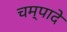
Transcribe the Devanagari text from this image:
चम्पादे